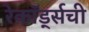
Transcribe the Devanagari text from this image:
रेकॉर्ड्सची